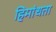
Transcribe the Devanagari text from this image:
हिमांधता